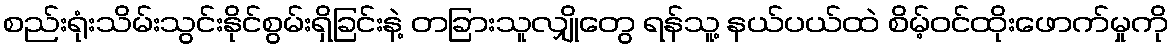
စည်းရုံးသိမ်းသွင်းနိုင်စွမ်းရှိခြင်းနဲ့ တခြားသူလျှိုတွေ ရန်သူ့ နယ်ပယ်ထဲ စိမ့်ဝင်ထိုးဖောက်မှုကို